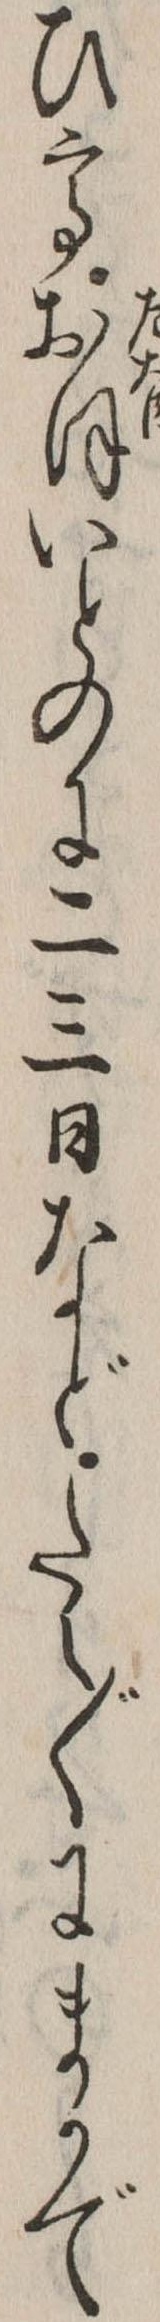
ひておほいとのに二三日などたえ〲にまかで